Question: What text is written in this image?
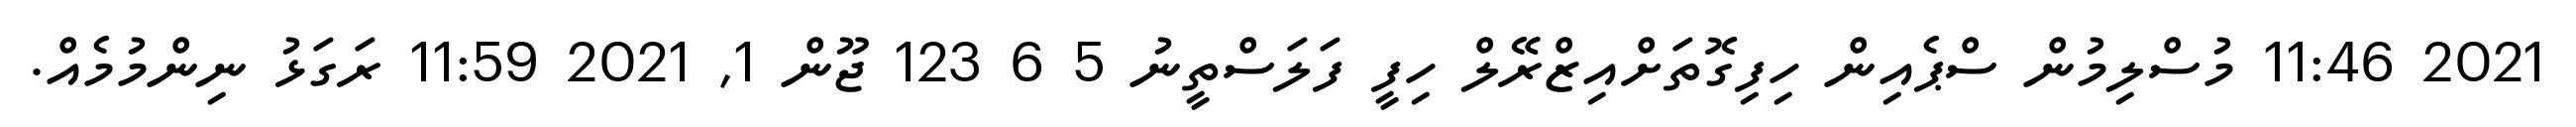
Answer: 2021 11:46 މުސްލިމުން ސްޕެއިން ހިފިގޮތަށްއިޒްރޭލް ހިފީ ފަލަސްތީނު 5 6 123 ޖޫން 1, 2021 11:59 ރަގަޅު ނިންމުމެއް.